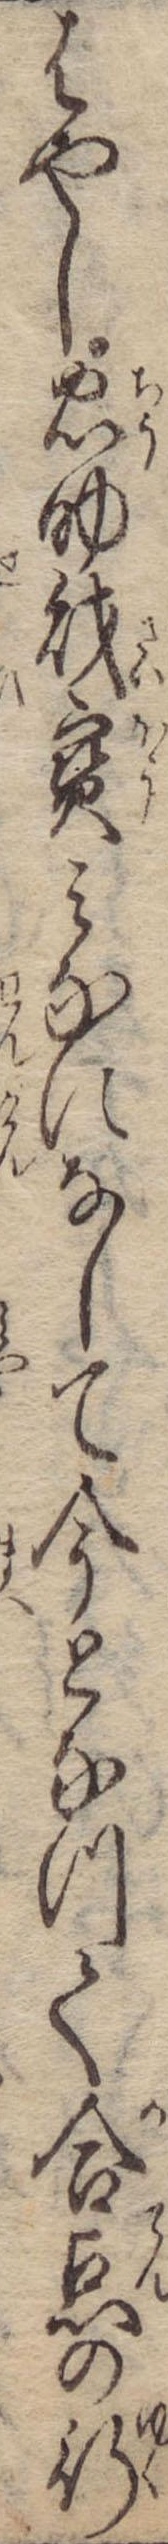
はやし忠助財宝みなになして今となつて合点の行